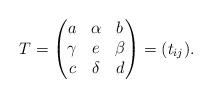
LaTeX: \begin{align*} T = \begin{pmatrix} a & \alpha & b \\ \gamma & e & \beta \\ c & \delta & d \end{pmatrix} =(t_{ij}).\end{align*}